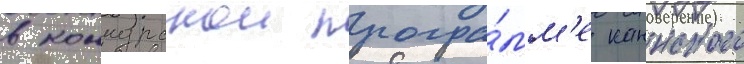
в конкурснои програ́мм'е каннского